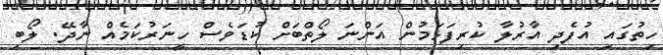
ހިތުގައި އުފެދި އާރުލާ ކުރިފަޅަމުން އަންނަ ލޯތްބަށް ކުޑަވެސް ހީނަރުކަމެއް ނާދޭ. ލޯބި